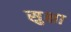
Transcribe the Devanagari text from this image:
सुक्षा